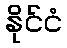
နိုင်ငံ